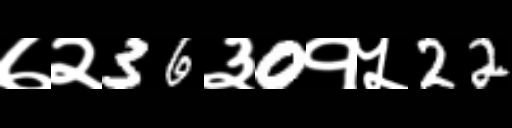
Text: ७२36३0१५22